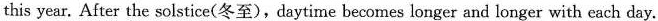
this year. After the solstice(冬至),daytime becomes longer and longer with each day.